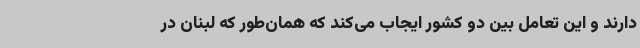
دارند و این تعامل بین دو کشور ایجاب می‌کند که همان‌طور که لبنان در